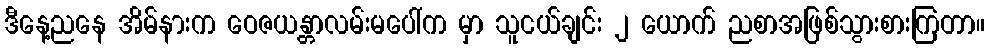
ဒီနေ့ညနေ အိမ်နားက ဝေဇယန္တာလမ်းမပေါ်က မှာ သူငယ်ချင်း ၂ ယောက် ညစာအဖြစ်သွားစားကြတာ။